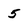
Character: 5